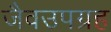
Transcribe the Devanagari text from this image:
जैवउपग्रह